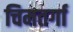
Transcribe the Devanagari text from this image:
चिमतर्गा